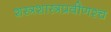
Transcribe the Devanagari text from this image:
शस्त्रशास्त्रप्रवीणश्च